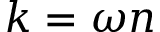
k = \omega n